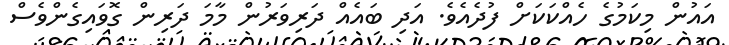
އައުން މިކަމުގެ ހެއްކަކަށް ފުދެއެވެ. އަދި ބައެއް ދަރިވަރުން މާމަ ދަރިން ގޮވައިގެންވެސް